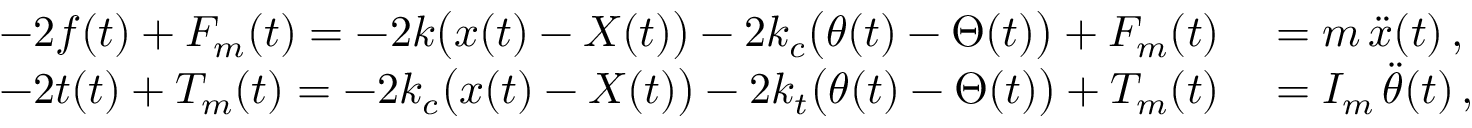
\begin{array} { r l } { - 2 f ( t ) + F _ { m } ( t ) = - 2 k \big ( x ( t ) - X ( t ) \big ) - 2 k _ { c } \big ( \theta ( t ) - \Theta ( t ) \big ) + F _ { m } ( t ) } & { { } = m \, \ddot { x } ( t ) \, , } \\ { - 2 t ( t ) + T _ { m } ( t ) = - 2 k _ { c } \big ( x ( t ) - X ( t ) \big ) - 2 k _ { t } \big ( \theta ( t ) - \Theta ( t ) \big ) + T _ { m } ( t ) } & { { } = I _ { m } \, \ddot { \theta } ( t ) \, , } \end{array}